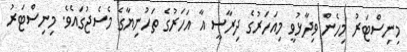
މިނިސްޓަރު މިހެން ވިދާޅުވީ މިއަހަރުގެ ދިރާސީ އާ އަހަރުގެ ތަހުނިޔާގެ މެސެޖުގައެވެ. މިނިސްޓަރު